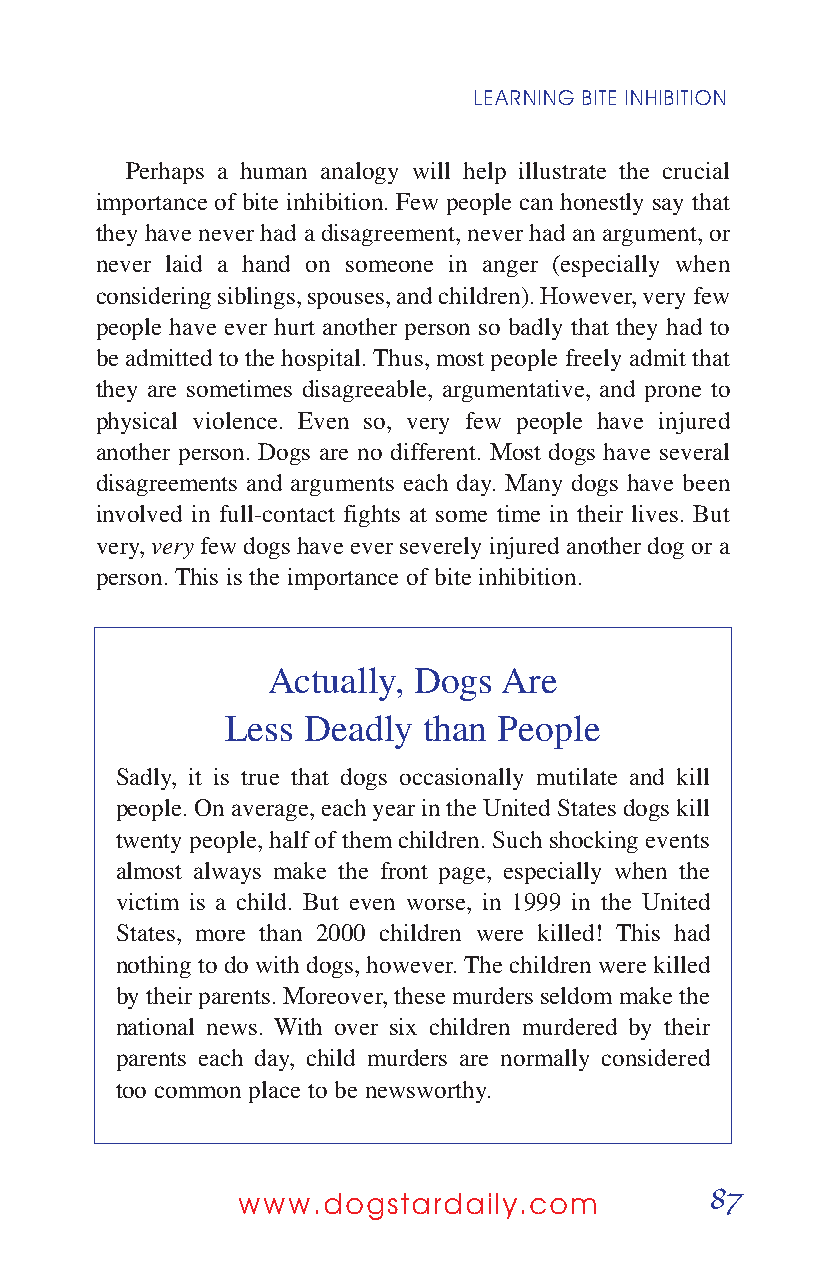
LEARNING BITE INHIBITION
 Perhaps a human analogy will help illustrate the crucial
 importance of bite inhibition. Few people can honestly say that
 they have never had a disagreement, never had an argument, or
 never laid a hand on someone in anger (especially when
 considering siblings, spouses, and children). However, very few
 people have ever hurt another person so badly that they had to
 be admitted to the hospital. Thus, most people freely admit that
 they are sometimes disagreeable, argumentative, and prone to
 physical violence. Even so, very few people have injured
 another person. Dogs are no different. Most dogs have several
 disagreements and arguments each day. Many dogs have been
 involved in full-contact fights at some time in their lives. But
 very, veryfew dogs have ever severely injured another dog or a
 person. This is the importance of bite inhibition.
 Actually, Dogs Are
 Less Deadly  than People
 Sadly, it is true that dogs occasionally mutilate and kill
 people. On average, each year in the United States dogs kill
 twenty people, half of them children. Such shocking events
 almost always make the front page, especially when the
 victim is a child. But even worse, in 1999 in the United
 States, more than 2000 children were killed! This had
 nothing to do with dogs, however. The children were killed
 by their parents. Moreover, these murders seldom make the
 national news. With over six children murdered by their
 parents each day, child murders are normally considered
 too common place to be newsworthy.
 87
 www.dogstardaily.com